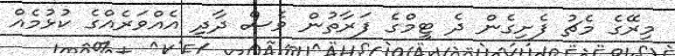
މިރޭގެ މެޗު ފެށިގެން ދެ ޓީމްގެ ފަރާތުން ވެސް ދާދި އެއްވަރެއްގެ ކުޅުމެއް